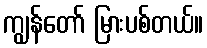
ကျွန်တော် မြားပစ်တယ်။